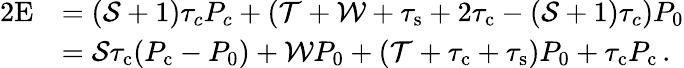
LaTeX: \begin{array}{rl}{{2}\mathrm{E}}&{=(\mathcal{S}+1)\tau_{c}P_{c}+(\mathcal{T}+\mathcal{W}+\tau_{\mathrm{s}}+2\tau_{\mathrm{c}}-(\mathcal{S}+1)\tau_{c})P_{0}}\\ &{=\mathcal{S}\tau_{\mathrm{c}}(P_{\mathrm{c}}-P_{0})+\mathcal{W}P_{0}+(\mathcal{T}+\tau_{\mathrm{c}}+\tau_{\mathrm{s}})P_{0}+\tau_{\mathrm{c}}P_{\mathrm{c}}\, .}\end{array}